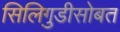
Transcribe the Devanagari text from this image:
सिलिगुडीसोबत